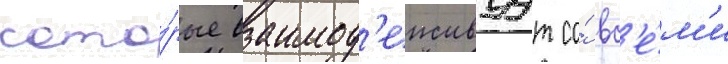
кото́рые взаимод'еиствуут со́ вс'е́м'и